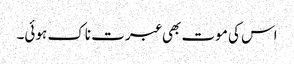
اس کی موت بھی عبرت ناک ہوئی۔